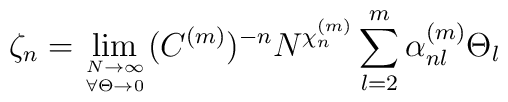
\zeta_n = \lim_{{N \to \infty} \atop {\forall \Theta \rightarrow 0}}(C^{(m)})^{-n} N^{\chi_{n}^{(m)}} \sum_{l=2}^{m} \alpha_{nl}^{(m)} \Theta_{l}